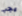
يجب